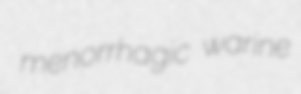
menorrhagic warine